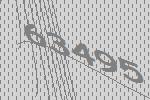
63495